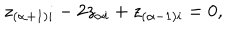
LaTeX: z _ { ( \alpha + 1 ) i } - 2 z _ { \alpha i } + z _ { ( \alpha - 1 ) i } = 0 ,